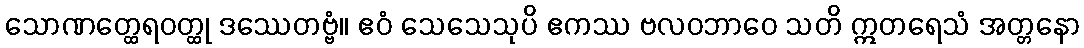
သောဏတ္ထေရဝတ္ထု ဒဿေတဗ္ဗံ။ ဧဝံ သေသေသုပိ ဧကဿ ဗလဝဘာဝေ သတိ ဣတရေသံ အတ္တနော